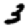
Digit: 3